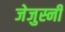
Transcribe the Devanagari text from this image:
जेजुस्नी